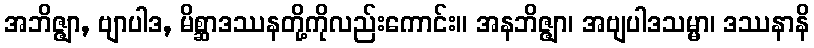
အဘိဇ္ဇျာ, ဗျာပါဒ, မိစ္ဆာဒဿနတို့ကိုလည်းကောင်း။ အနဘိဇ္ဇျာ၊ အဗျပါဒသမ္မာ၊ ဒဿနာနိ